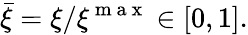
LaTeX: \bar{\xi}=\xi/\xi^{\mathrm{~m~a~x~}}\in[0,1].